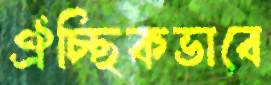
ঐচ্ছিকভাবে